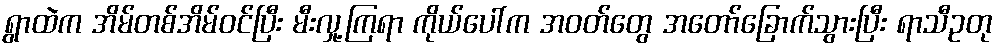
ရွာထဲက အိမ်တစ်အိမ်ဝင်ပြီး မီးလှု့ကြရာ ကိုယ်ပေါ်က အဝတ်တွေ အတော်ခြောက်သွားပြီး ရာသီဥတု